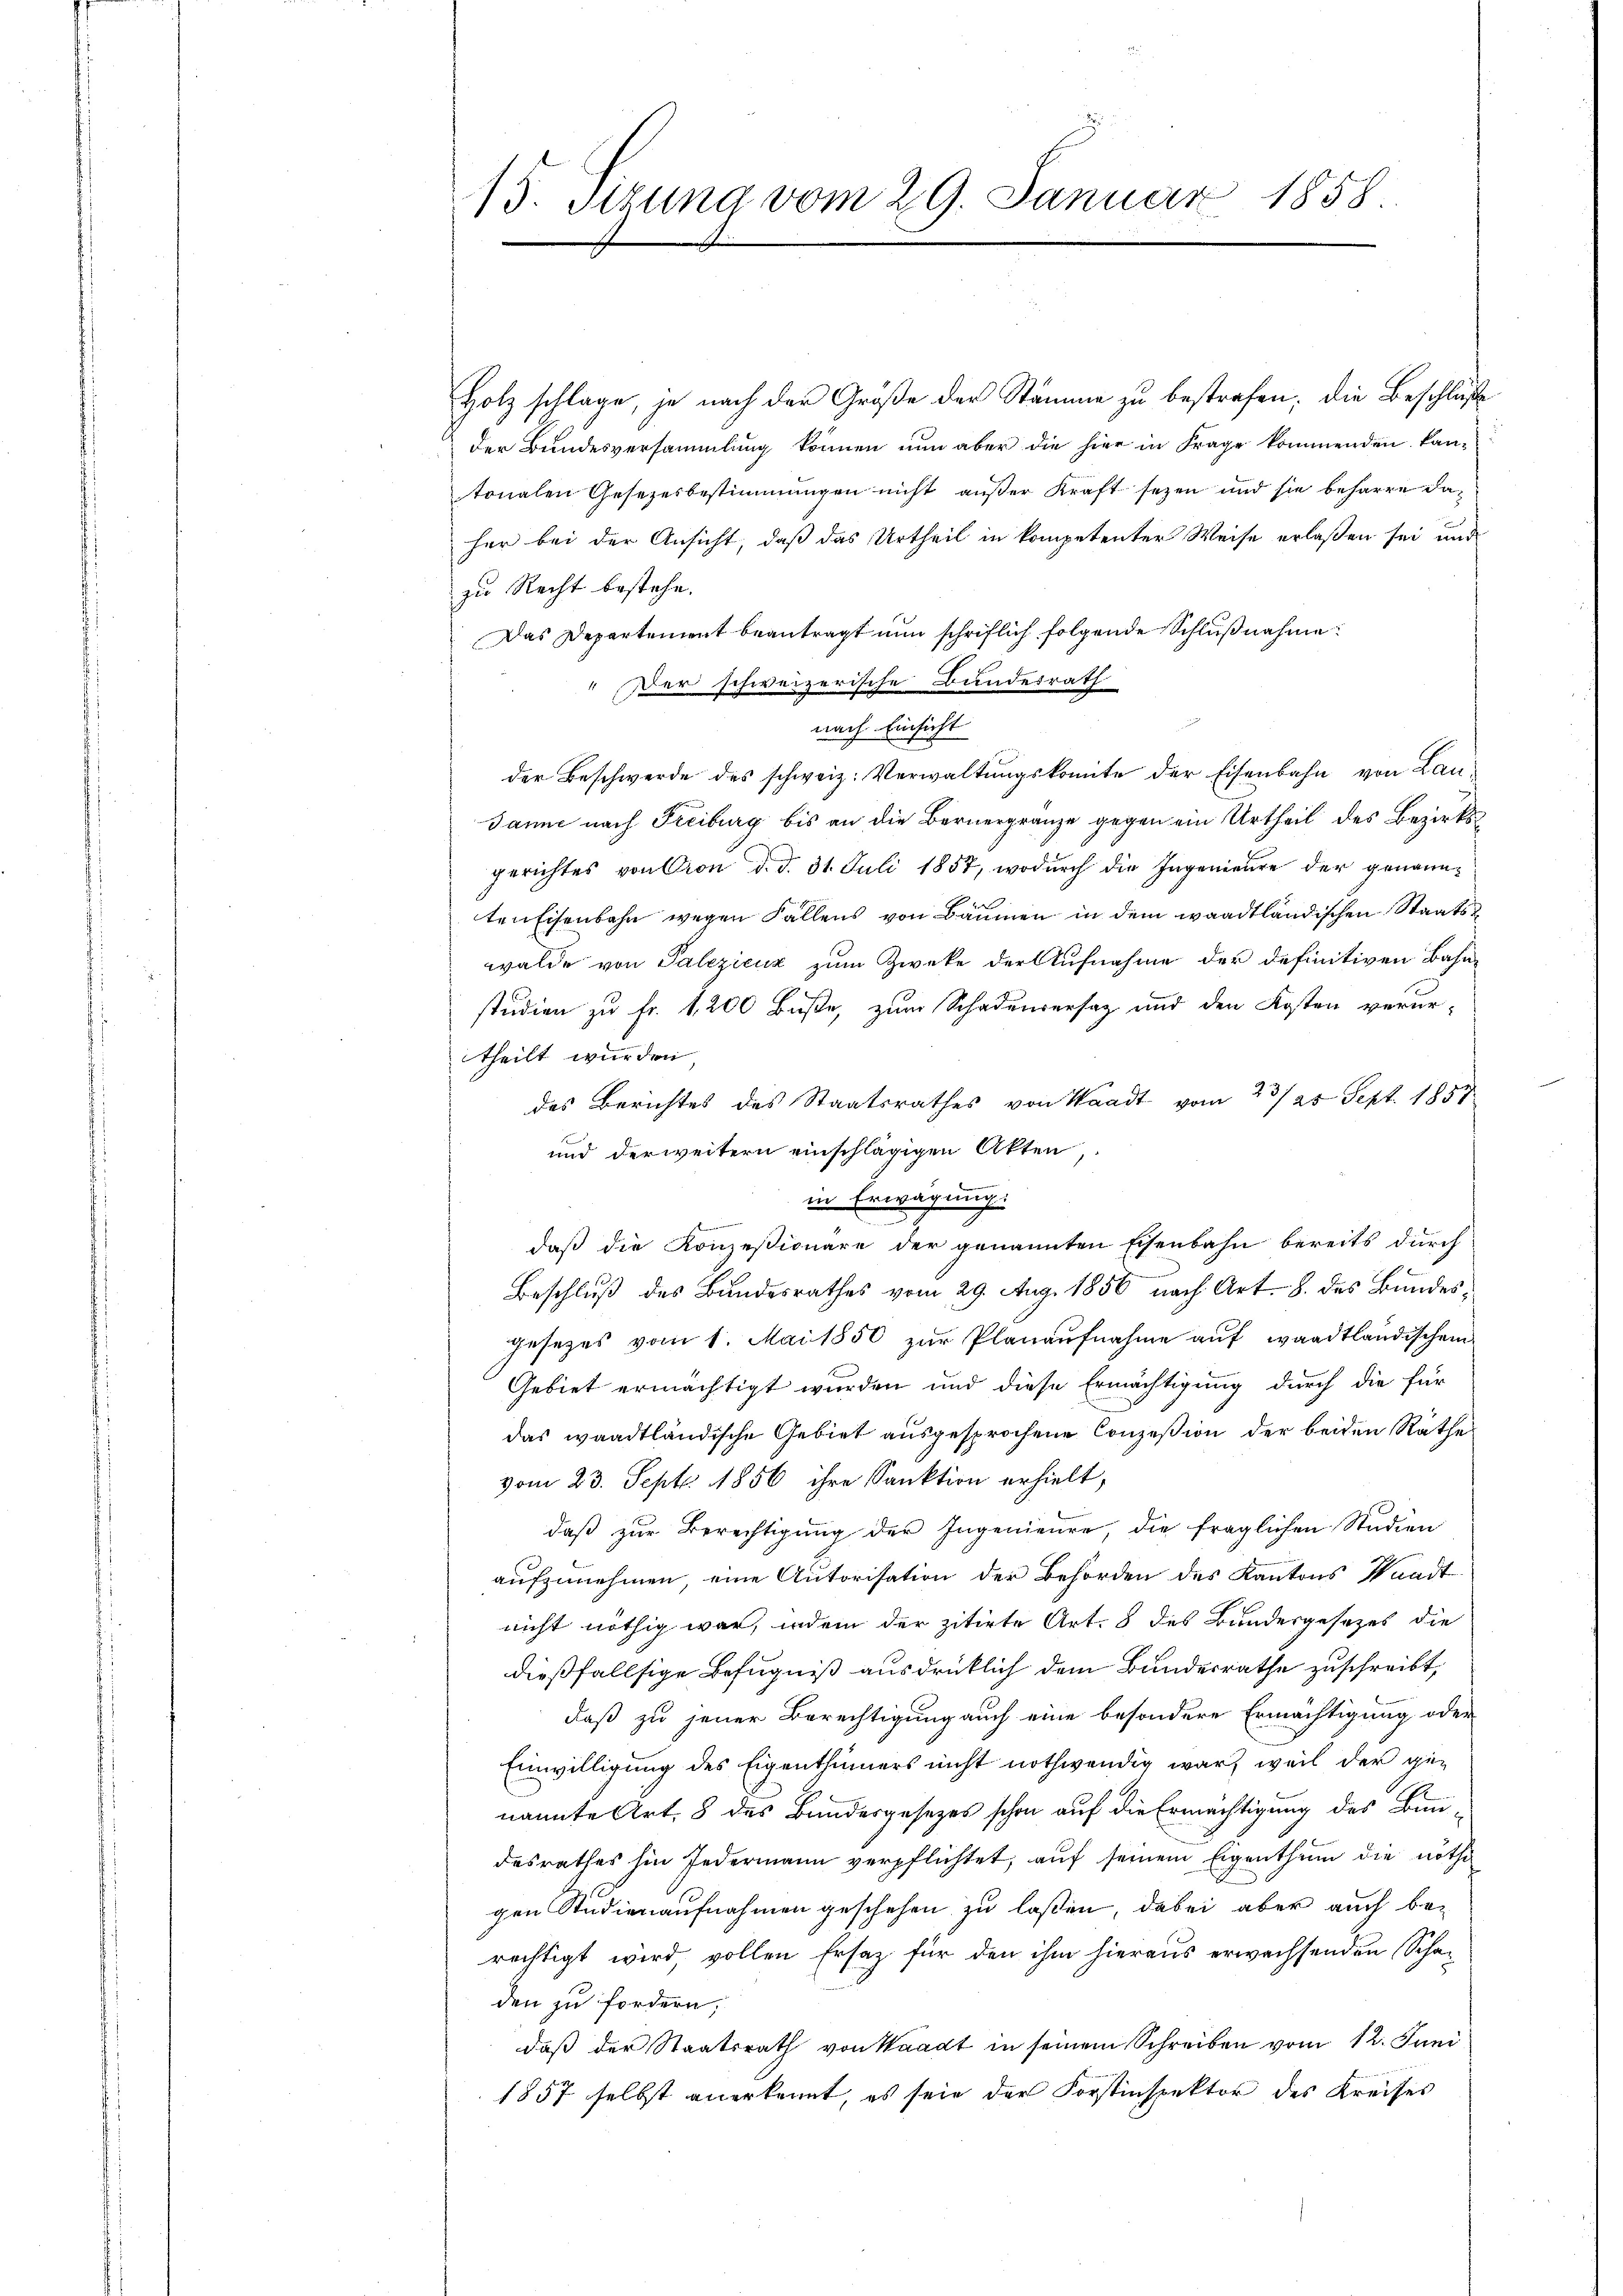
13. Setzung vom 29. Januar 1858.

Holz schlage, je nach der Größe der Stämme zu bestrafen, die Beschluße
der Bundesversammlung können nun aber die hier in Frage kommenden kan-
tonalen Gesetzesbestimmungen nicht außer Kraft sezen und sie beharre daher bei der Ansicht, daß das Urtheil in kompetenter Weise erlaßen sei und
zu Recht bestehe.
Das Departement beantragt nun schriftlich folgende Schlußnahme:
Der schweizerische Bundesrath
nach Einsicht
der Beschwerde des schweiz. Verwaltungskomite der Eisenbahn von Lau¬
Janne nach Freiburg bis an die Bernergränze gegen ein Urtheil des Bezirksgerichtes von Cron d. d. 31. Juli 1857, wodurch die Ingenieure der genannten Eisenbahn wegen Fällens von Bäumen in dem waadtländischen Staatswalde von Palezicuz zum Zweke der Aufnahme der definitiven Bahnstudien zu Fr. 1200 Buße, zum Schadenversatz und den Kosten verurtheilt wurden.
des Berichtes des Staatsrathes von Waadt vom 23/25 Sept. 1857.
und der weitern einschlägigen Akten,
in Erwägung.

daß die Konzessionäre der genannten Eisenbahn bereits durch
Beschluß des Bundesrathes vom 29. Aug. 1856 nach Art. 8. des Bundesgesezes vom 1. Mai 1850 zur Planaufnahme auf waadtländischem
Gebiet ermächtigt wurden und diese Ermächtigung durch die für
das waadtländische Gebiet ausgesprochene Conzession der beiden Räthe
vom 23. Sept. 1856 ihre Sanktion erhielt,
daß zur Berechtigung der Ingenieure, die fraglichen Studien
aufzunehmen, eine Autorisation der Behörden des Kantons Waadt
nicht nöthig war, indem der zitirte Art. 8 des Bundesgesetzes die
dießfallsige Befugniß ausdrücklich dem Bundesrathe zuschreibt,
daß zu jener Berechtigung auch eine besondere Ermächtigung oder
Einwilligung des Eigenthümers nicht nothwendig war, weil der genannte Art. 8 des Bundesgesetzes schon auf die Ermächtigung des Bundesrathes hin Jedermann verpflichtet, auf seinem Eigenthum die nöthi
gen Studienaufnahmen geschehen zu laßen, dabei aber auch bei
rechtigt wird, vollen Ersatz für den ihm hieraus erwachsenden Schaden zu fordern,
daß der Staatsrath von Waadt in seinem Schreiben vom 12. Juni
1857 selbst anerkennt, es sein der Forstinspektor des Kreises